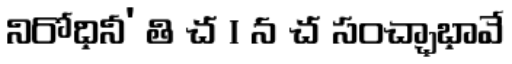
నిరోధినీ' తి చ । న చ సంచ్ఛాభావే